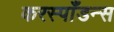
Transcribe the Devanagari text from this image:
करस्‍पाँडन्स